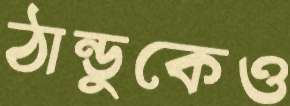
ঠান্ডুকেও